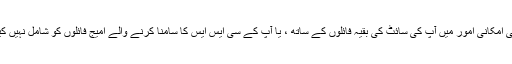
کچھ عمومی امکانی امور میں آپ کی سائٹ کی بقیہ فائلوں کے ساتھ ، یا آپ کے سی ایس ایس کا سامنا کرنے والے امیج فائلوں کو شامل نہیں کیا جاتا ہے۔